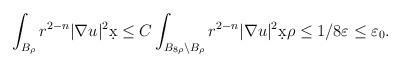
LaTeX: \begin{align*}\int_{B_{\rho}} r^{2-n} |\nabla u|^2 \d x &\leq C \int_{B_{8\rho} \setminus B_{\rho}} r^{2-n} |\nabla u|^2 \d x \rho \leq 1/8 \varepsilon \leq \varepsilon_0.\end{align*}